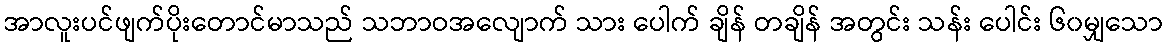
အာလူးပင်ဖျက်ပိုးတောင်မာသည် သဘာဝအလျောက် သား ပေါက် ချိန် တချိန် အတွင်း သန်း ပေါင်း ၆၀မျှသော